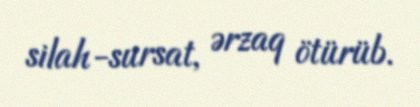
silah-sursat, ərzaq ötürüb.